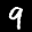
Label: 9